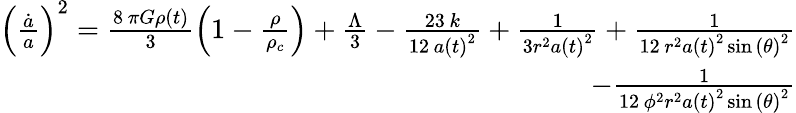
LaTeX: \begin{array}{r}{\left(\frac{\dot{a}}{a}\right)^{2}=\frac{8\, \pi G\rho\left(t\right)}{3}\left(1-\frac{\rho}{\rho_{c}}\right)+\frac{\Lambda}{3}-\frac{23\, k}{12\, a\left(t\right)^{2}}+\frac{1}{3r^{2}a\left(t\right)^{2}}+\frac{1}{12\, r^{2}a\left(t\right)^{2}\sin\left({\theta}\right)^{2}}}\\ {-\frac{1}{12\, {\phi}^{2}r^{2}a\left(t\right)^{2}\sin\left({\theta}\right)^{2}}}\end{array}